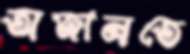
অজানতে